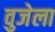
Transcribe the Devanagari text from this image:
वुजेला